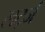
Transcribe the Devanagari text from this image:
लर्ट्ज